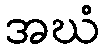
အဃံ